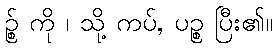
ဉ္စ် ကို ၊ သို့ ကပ်, ပဉ္စ ပြီး၏။